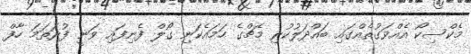
މެކްސިކޯ އެއްވަގުތެއްގައި ބައްދަލުކުރި މެޗްގެ ހަމައެކަނި ގޯލް ފެނިފައި ވަނީ ފުރަތަމަ ހާފް